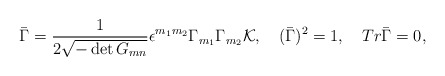
\begin{align*}\bar\Gamma={1\over{2\sqrt{-\det{G_{mn}}}}}\epsilon^{m_1m_2}\Gamma_{m_1}\Gamma_{m_2}{\cal K}, \quad(\bar\Gamma)^2=1,\quad Tr\bar\Gamma=0,\end{align*}